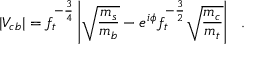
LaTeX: | V _ { c b } | = f _ { t } ^ { - \frac { 3 } { 4 } } \left| \sqrt { \frac { m _ { s } } { m _ { b } } } - e ^ { i \phi } f _ { t } ^ { - \frac { 3 } { 2 } } \sqrt { \frac { m _ { c } } { m _ { t } } } \right| ~ ~ .